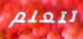
تتعلم